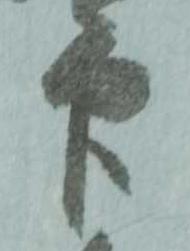
印